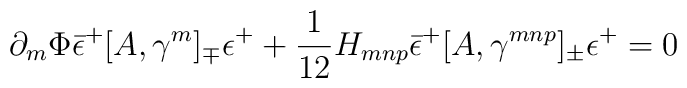
\partial_m\Phi {\bar \epsilon^+}[A,\gamma^m]_\mp\epsilon^+      + \frac{1}{12}H_{mnp}          {\bar\epsilon^+}[A,\gamma^{mnp}]_\pm\epsilon^+      = 0